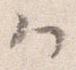
ハ